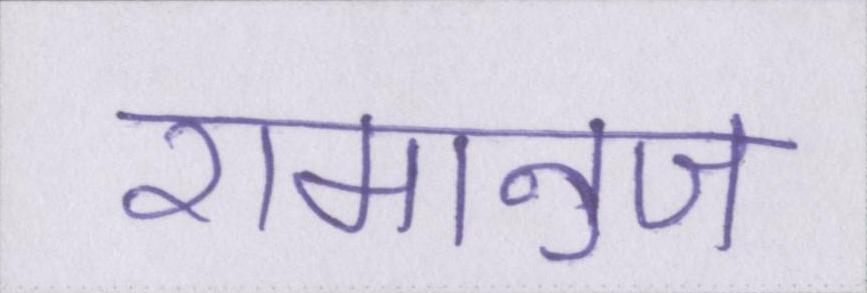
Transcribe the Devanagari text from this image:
रामानुज